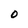
Character: 0